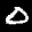
Label: 0